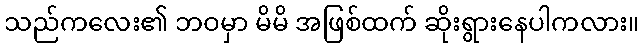
သည်ကလေး၏ ဘဝမှာ မိမိ အဖြစ်ထက် ဆိုးရွားနေပါကလား။